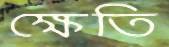
ক্ষেতি